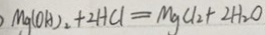
M g ( O A ) _ { 2 } + 2 H C l = M g C l _ { 2 } + 2 H _ { 2 } O